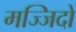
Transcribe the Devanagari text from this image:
मज्जिदों